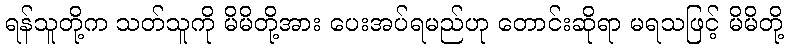
ရန်သူတို့က သတ်သူကို မိမိတို့အား ပေးအပ်ရမည်ဟု တောင်းဆိုရာ မရသဖြင့် မိမိတို့